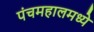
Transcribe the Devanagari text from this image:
पंचमहालमध्ये